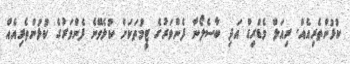
ކުޅުންތެރިއެއް. ރިއަލް މެޑްރިޑް އަދި ބާސެލޯނާ ފެންވަރުގެ ޓީމުތަކަށް ކުޅެވޭނެ ފެންވަރުގެ ކުޅުންތެރިއެއް